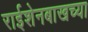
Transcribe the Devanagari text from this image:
राईशेनबाखच्या